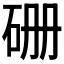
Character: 𥑬